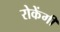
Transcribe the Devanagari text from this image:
रोकेंगी